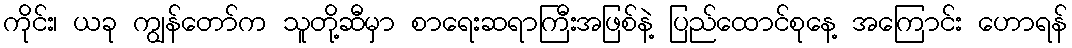
ကိုင်း၊ ယခု ကျွန်တော်က သူတို့ဆီမှာ စာရေးဆရာကြီးအဖြစ်နဲ့ ပြည်ထောင်စုနေ့ အကြောင်း ဟောရန်